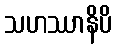
သဟဿာနိပိ